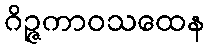
ဂိဉ္ဇကာဝသထေန